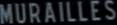
MURAILLLESS